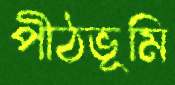
পীঠভূমি